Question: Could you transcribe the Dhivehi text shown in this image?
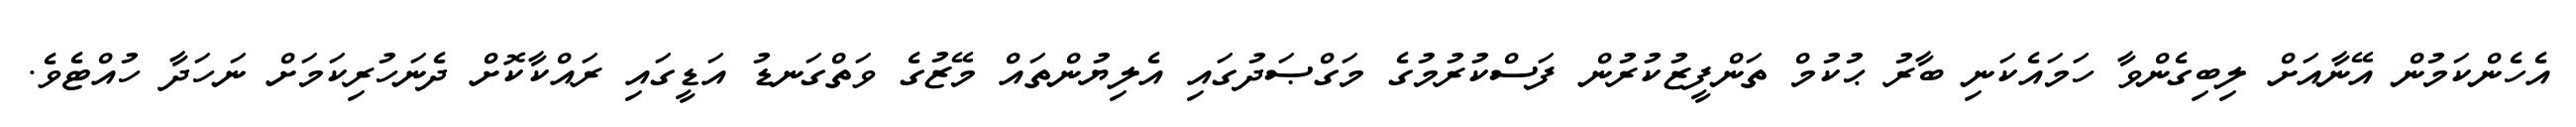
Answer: އެހެންކަމުން އޭނާއަށް ލިބިގެންވާ ހަމައެކަނި ބާރު ޙުކުމް ތަންފީޒުކުރުން ފަސްކުރުމުގެ މަގްޞަދުގައި އެލިޔުންތައް މޭޒުގެ ވަތްގަނޑު އަޑީގައި ރައްކާކޮށް ދެނަހުރިކަމަށް ނަހަދާ ހުއްޓެވެ.